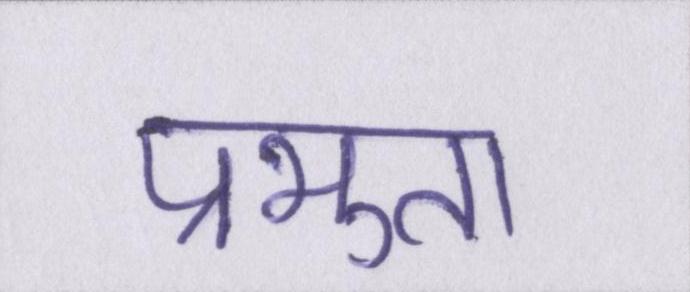
प्रभुता